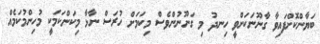
ބަޔާންކޮށްފައިިވާ ގާނޫނަކަށްވީ ހިނދު މި ގަނޫނުންވެސް މިކަމަށް ހުރަސް ނާޅާ މިކަންކަމަކީ މުހިންމުކަމެއް